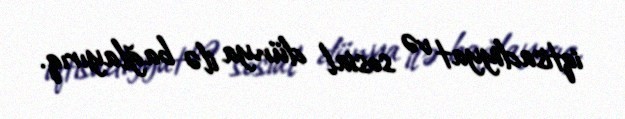
iqtisadiyyat və sosial dünya ilə bağlayırıq.